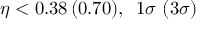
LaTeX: \eta < 0 . 3 8 \, ( 0 . 7 0 ) , \, \, \, 1 \sigma \, \, ( 3 \sigma )